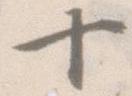
十